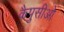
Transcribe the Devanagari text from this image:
कैपुसीओ